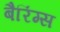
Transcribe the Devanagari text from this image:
बैरिंग्स